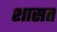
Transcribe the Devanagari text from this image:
शासत